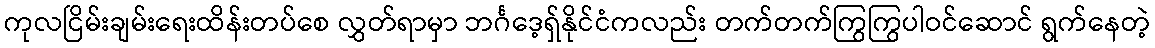
ကုလငြိမ်းချမ်းရေးထိန်းတပ်စေ လွှတ်ရာမှာ ဘင်္ဂဒေ့ရှ်နိုင်ငံကလည်း တက်တက်ကြွကြွပါဝင်ဆောင် ရွက်နေတဲ့